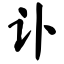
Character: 讣